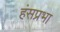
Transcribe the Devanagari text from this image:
हंसप्रभा